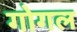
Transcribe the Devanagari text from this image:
गोगल